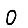
Digit: 0